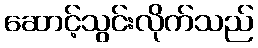
ဆောင့်သွင်းလိုက်သည်